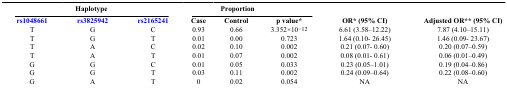
<table><thead><tr><td colspan="3"><b>Haplotype</b></td><td colspan="3"><b>Proportion</b></td><td></td><td></td></tr><tr><td><b>rs1048661</b></td><td><b>rs3825942</b></td><td><b>rs2165241</b></td><td><b>Case</b></td><td><b>Control</b></td><td><b>p value*</b></td><td><b>OR* (95% CI)</b></td><td><b>Adjusted OR** (95% CI)</b></td></tr></thead><tbody><tr><td>T</td><td>G</td><td>C</td><td>0.93</td><td>0.66</td><td>3.352×10<sup>−12</sup></td><td>6.61 (3.58–12.22)</td><td>7.87 (4.10–15.11)</td></tr><tr><td>T</td><td>G</td><td>T</td><td>0.01</td><td>0.00</td><td>0.723</td><td>1.64 (0.10- 26.45)</td><td>1.46 (0.09- 23.67)</td></tr><tr><td>T</td><td>A</td><td>C</td><td>0.02</td><td>0.10</td><td>0.002</td><td>0.21 (0.07- 0.60)</td><td>0.20 (0.07–0.59)</td></tr><tr><td>T</td><td>A</td><td>T</td><td>0.01</td><td>0.07</td><td>0.002</td><td>0.08 (0.01- 0.61)</td><td>0.06 (0.01–0.49)</td></tr><tr><td>G</td><td>G</td><td>C</td><td>0.01</td><td>0.05</td><td>0.033</td><td>0.23 (0.05–1.01)</td><td>0.19 (0.04–0.86)</td></tr><tr><td>G</td><td>G</td><td>T</td><td>0.03</td><td>0.11</td><td>0.002</td><td>0.24 (0.09–0.64)</td><td>0.22 (0.08–0.60)</td></tr><tr><td>G</td><td>A</td><td>T</td><td>0</td><td>0.02</td><td>0.054</td><td>NA</td><td>NA</td></tr></tbody></table>